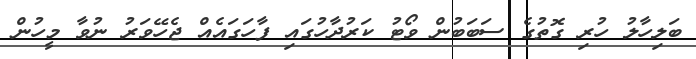
ބަލިހާލު ހުރި ގޮތުގެ ސަބަބުން ވޯޓު ކަރުދާހުގައި ފާހަގައެއް ޖެހޭވަރު ނުވާ މީހުން